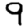
Digit: 9